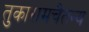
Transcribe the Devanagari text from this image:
तुकारामचैतन्य